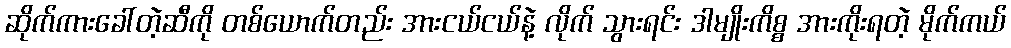
ဆိုက်ကားခေါ်တဲ့ဆီကို တစ်ယောက်တည်း အားငယ်ငယ်နဲ့ လိုက် သွားရင်း ဒါမျိုးကိစ္စ အားကိုးရတဲ့ မိုက်ကယ်